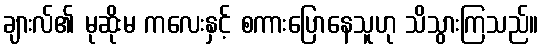
ချားလ်၏ မုဆိုးမ ကလေးနှင့် စကားပြောနေသူဟု သိသွားကြသည်။